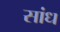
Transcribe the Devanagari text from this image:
सांध